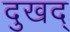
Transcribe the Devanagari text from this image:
दुखद्